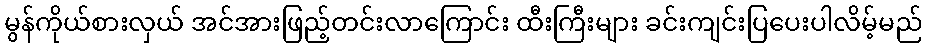
မွန်ကိုယ်စားလှယ် အင်အားဖြည့်တင်းလာကြောင်း ထီးကြီးများ ခင်းကျင်းပြပေးပါလိမ့်မည်